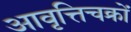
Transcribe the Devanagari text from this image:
आवृत्तिचक्रों